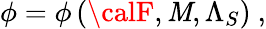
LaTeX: {\cal\phi}={\cal\phi}\left({\calF},{\cal\mathit{M}},{\Lambda_{S}}\right)\ ,